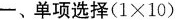
-、单项选择(1×10)